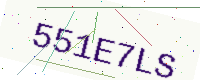
Text: 551E7LS